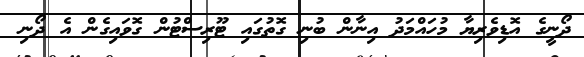
ދޯނީގެ އޮޑިވެރިޔާ މުހައްމަދު އިނާން ބުނި ގޮތުގައި ޓޫރިސްޓުން ގޮވައިގެން އެ ދޯނި